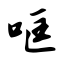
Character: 哐